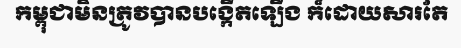
កម្ពុជាមិនត្រូវបានបង្កើតឡើង ក៏ដោយសារតែ